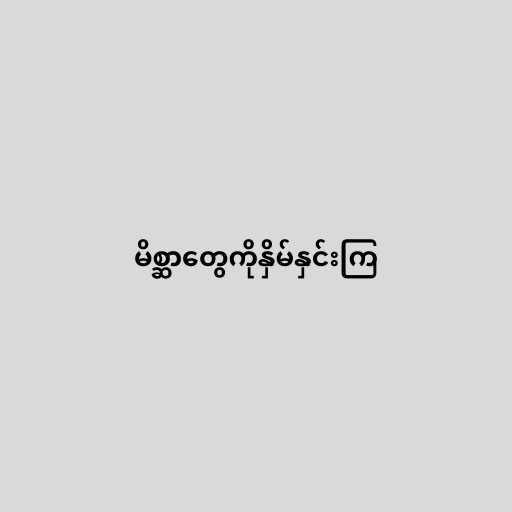
မိစ္ဆာတွေကိုနှိမ်နှင်းကြ